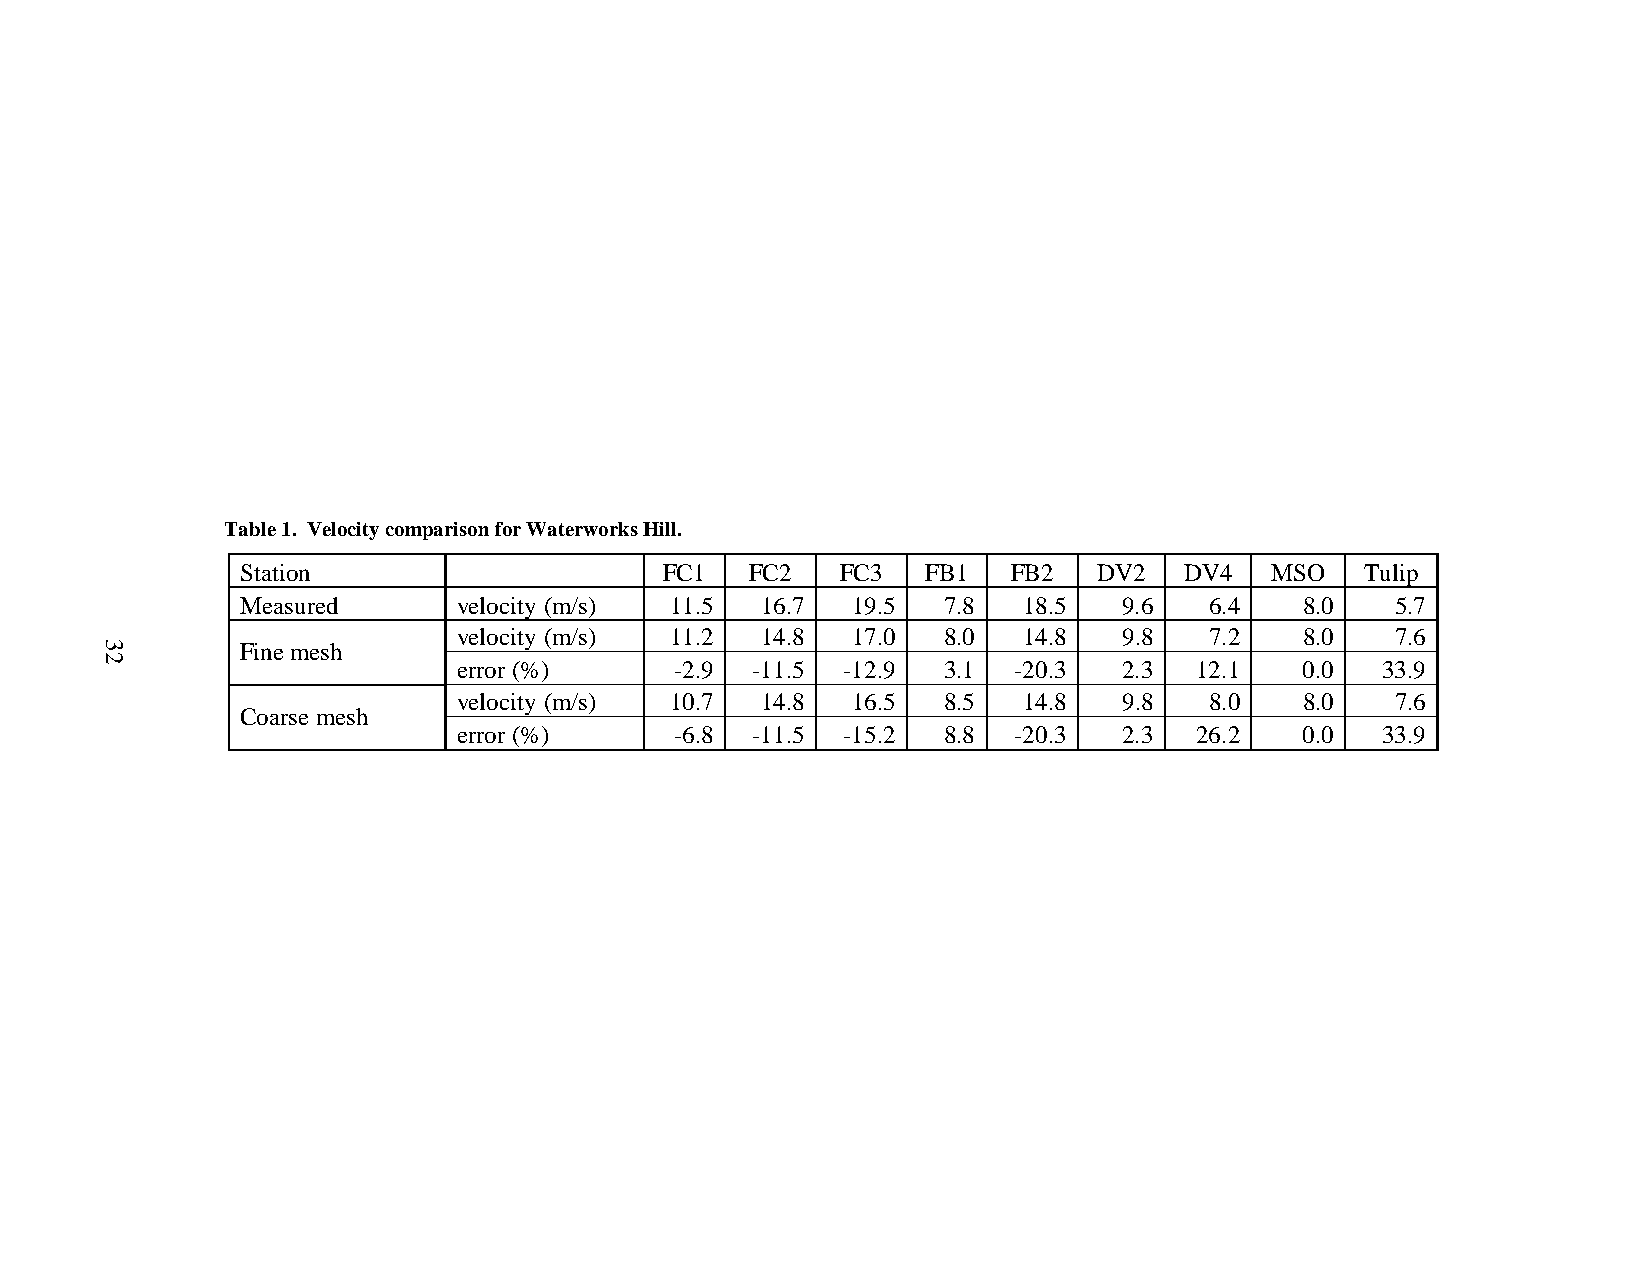
Table 1. Velocity comparison for Waterworks Hill.
 Station                     FC1   FC2   FC3  FB1   FB2   DV2  DV4   MSO   Tulip
 Measured      velocity (m/s) 11.5 16.7  19.5  7.8   18.5  9.6   6.4   8.0   5.7
 velocity (m/s) 11.2 14.8  17.0  8.0   14.8  9.8   7.2   8.0   7.6
 Fine mesh
 error (%)      -2.9 -11.5 -12.9 3.1  -20.3  2.3  12.1   0.0  33.9
 velocity (m/s) 10.7 14.8  16.5  8.5   14.8  9.8   8.0   8.0   7.6
 Coarse mesh
 error (%)      -6.8 -11.5 -15.2 8.8  -20.3  2.3  26.2   0.0  33.9
 32